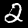
Label: 2